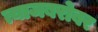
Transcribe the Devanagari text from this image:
त्याजबरोबर